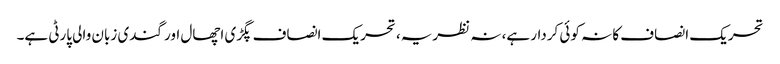
تحریک انصاف کا نہ کوئی کردار ہے، نہ نظریہ، تحریک انصاف پگڑی اچھال اور گندی زبان والی پارٹی ہے۔